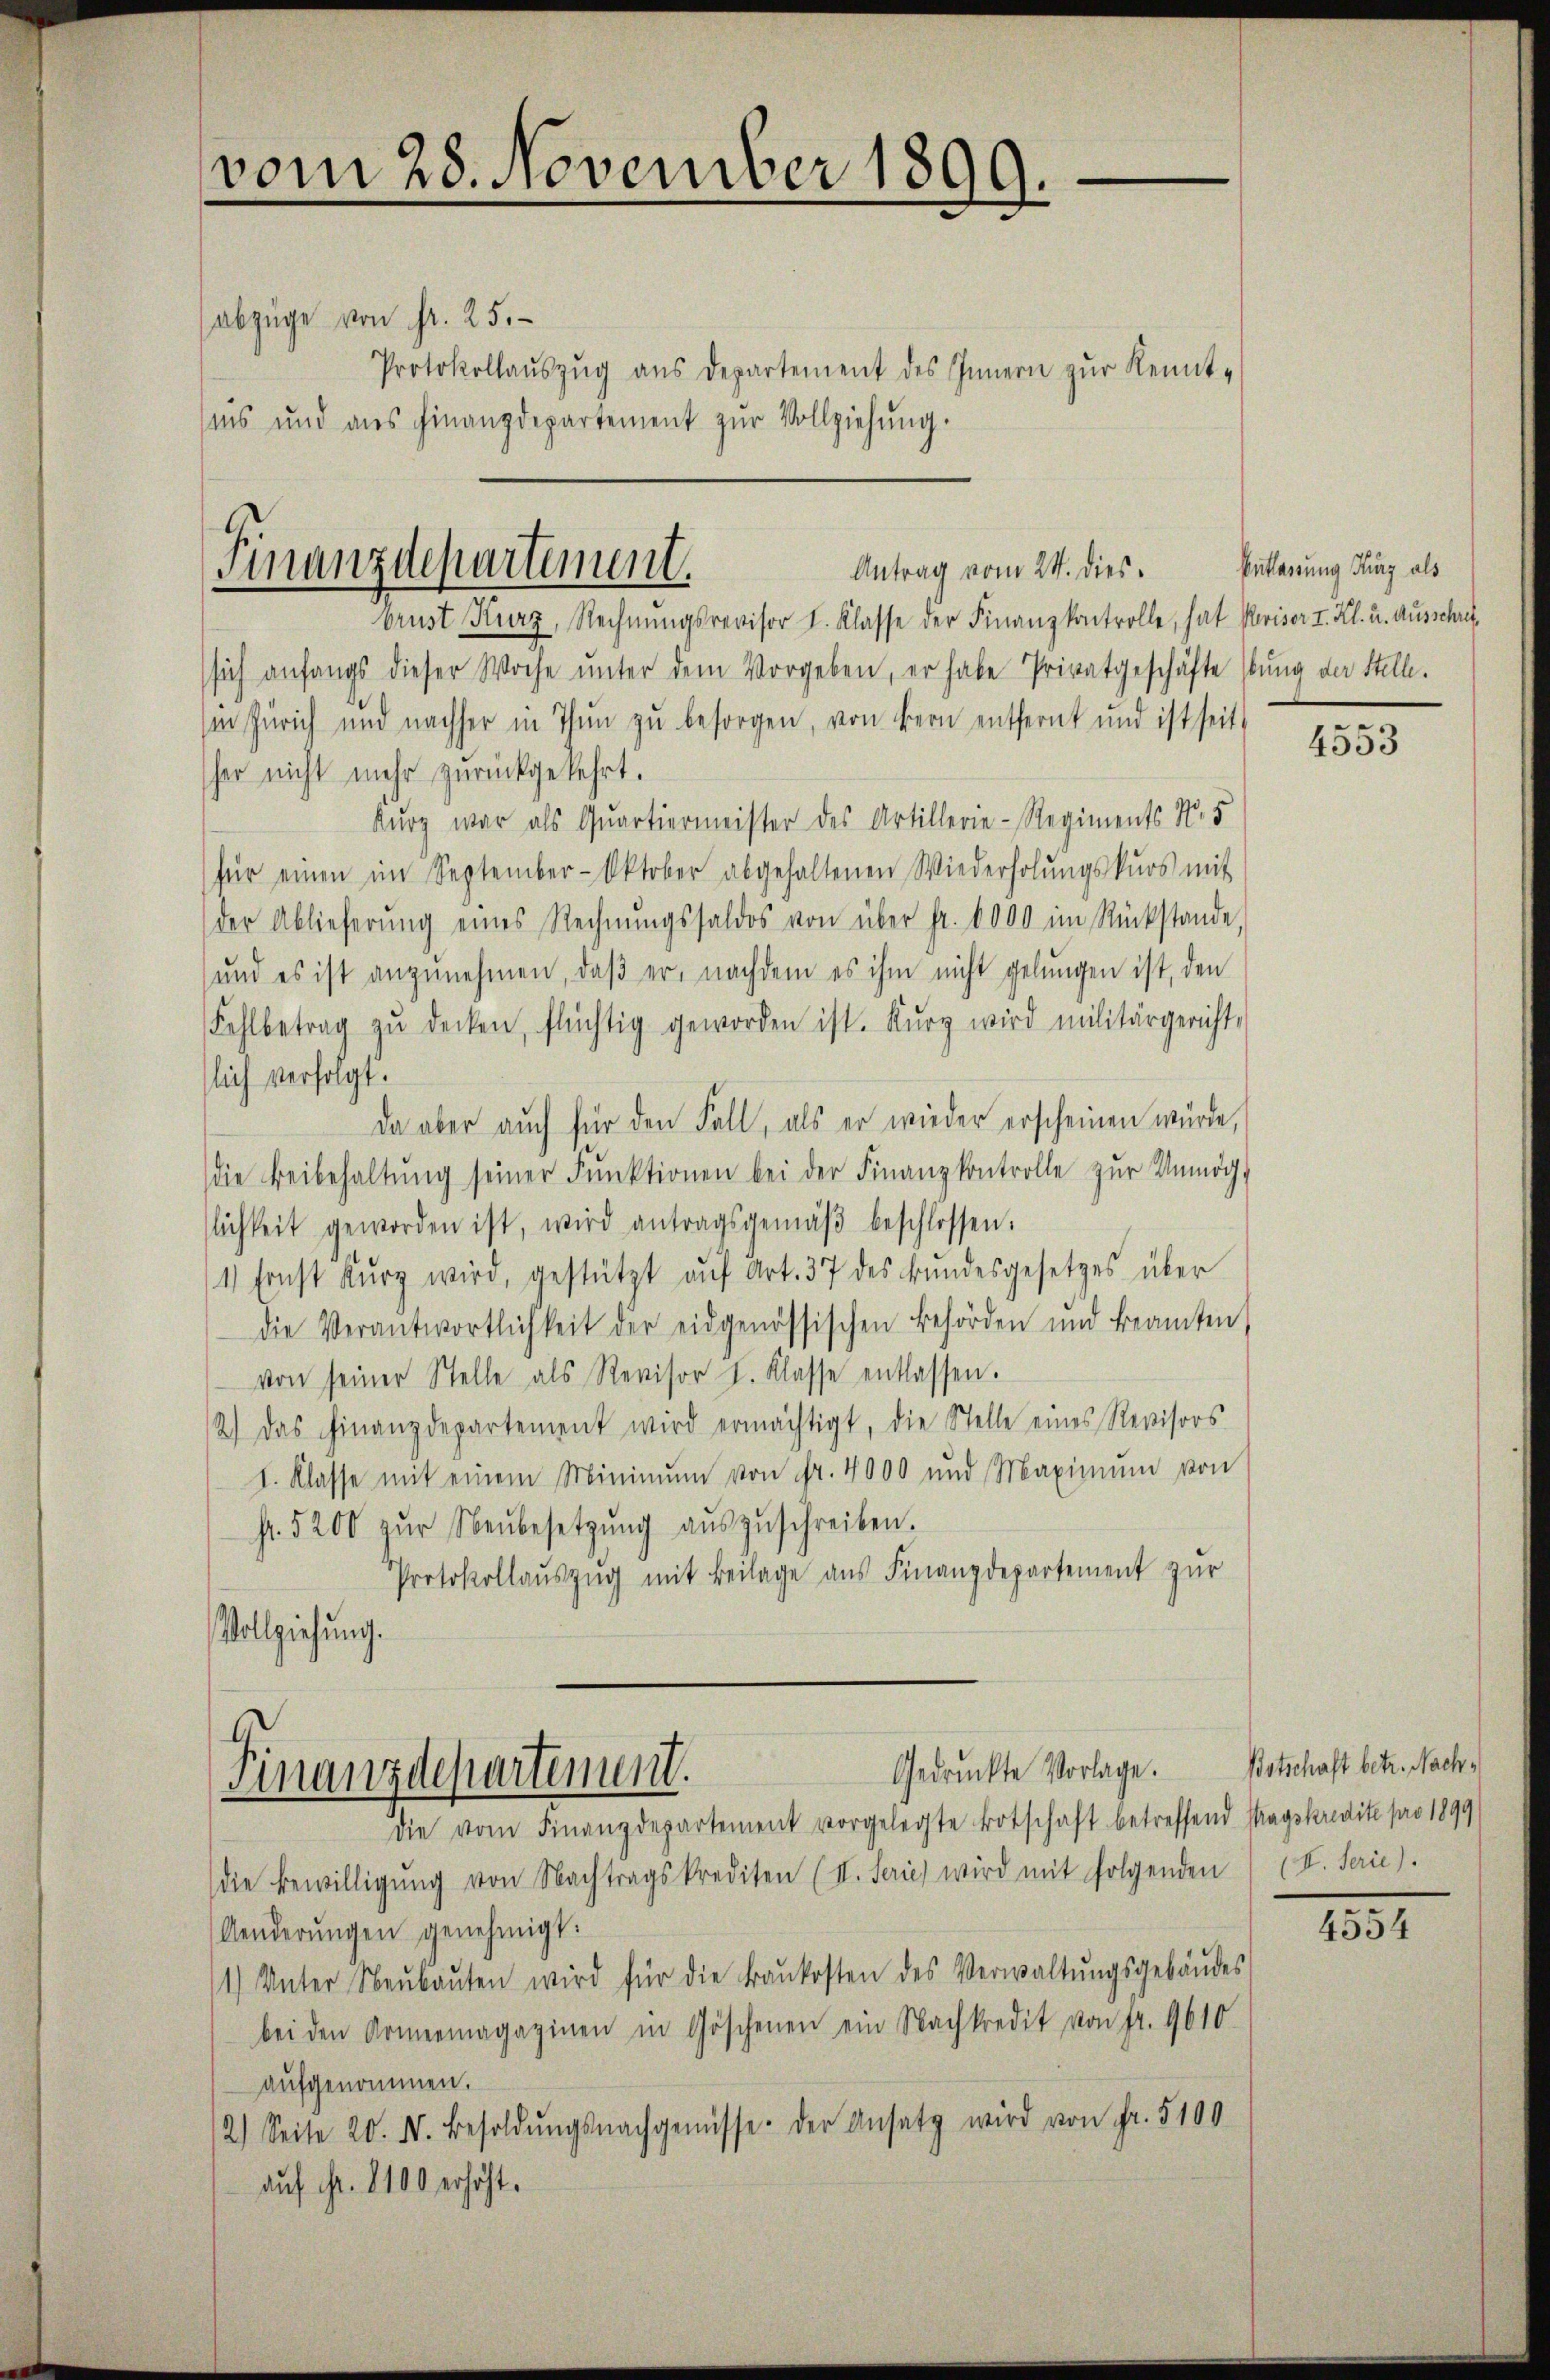
abzüge von fr. 25.
Protokollauszug aus Departement des Innern zur Kenntaus und als Finanzdepartement zŭr Vollziehŭng.

vom 28. November 1899.

brust Kurz, Rechnŭngsrevisor I. Klasse der Finanzkontrolle, hat Revisor I. Kl. u. Ausschrif
sich anfangs dieser Woche ŭnter dem Vorgeben, er habe Privatgeschäfte stung der Stelle.
in Zürich und nachher in Thun zu besorgen, von Bern entfernt und ist seit
her nicht mehr zurückgekehrt.
Kurz war als Quartiermeister des Artillerie-Regiments N. 5
für einen im September-Oktober abgehaltenen Wiederholŭngskurs mit
der Ablieferŭng eines Rechnŭngssaldos von über Fr. 6000 im Rückstande,
und es ist anzŭnehmen, daβ er, nachdem es ihm nicht gelungen ist, den
Fehlbetrag zŭ decken, flüchtig geworden ist. Kurz wird militärgericht-
lich verfolgt.
Da aber auch für den Fall, als er wieder erscheinen würde,
die Beibehaltŭng seiner Funktionen bei der Finanzkontrolle zŭr Unmög-
lichkeit geworden ist, wird antragsgemäβ beschlossen.
1) Ernst kŭrz wird, gestützt aŭf Art. 37 des Bŭndesgesetzes über
die Verantwortlichkeit der eidgenössischen Behörden und Beamten
von seiner Stelle als Revisor I. Klasse entlassen.
2.) Das Finanzdepartement wird ermächtigt, die Stelle eines Revisors
1. Klasse mit einem Minimum von Fr. 4000 und Maximŭm von
f. 5200 zŭr Neŭbesetzŭng aŭszŭschreiben.
Protokollaŭszŭg mit Beilage aus Finanzdepartement zur
Vollziehung.

Finanzdepartement.
Antrag vom 24. dies.

Gedrückte Vorlage. Botschaft betr. Nach¬
Finanzdepartement.
die vom Finanzdepartement vorgelegte Botschaft betreffend stragskredite pro 1899/

die Bewilligŭng von Nachtragskrediten (II. Serie wird mit folgenden (I. Serie).
Aenderungen genehmigt:
1) Unter Neŭbaŭten wird für die Baŭkosten des Verwaltŭngsgebäŭdes
bei den Armermagazinen in Göschenen ein Nachkredit von fr. 9610.
aufgenommen.
2) Seite 20. N. Besoldŭngsnachgenüsse der Ansatz wird von Fr. 5100
auf ihr. 1100 erhöht.

Entlassung Kurz als

4553

4554